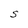
Character: S